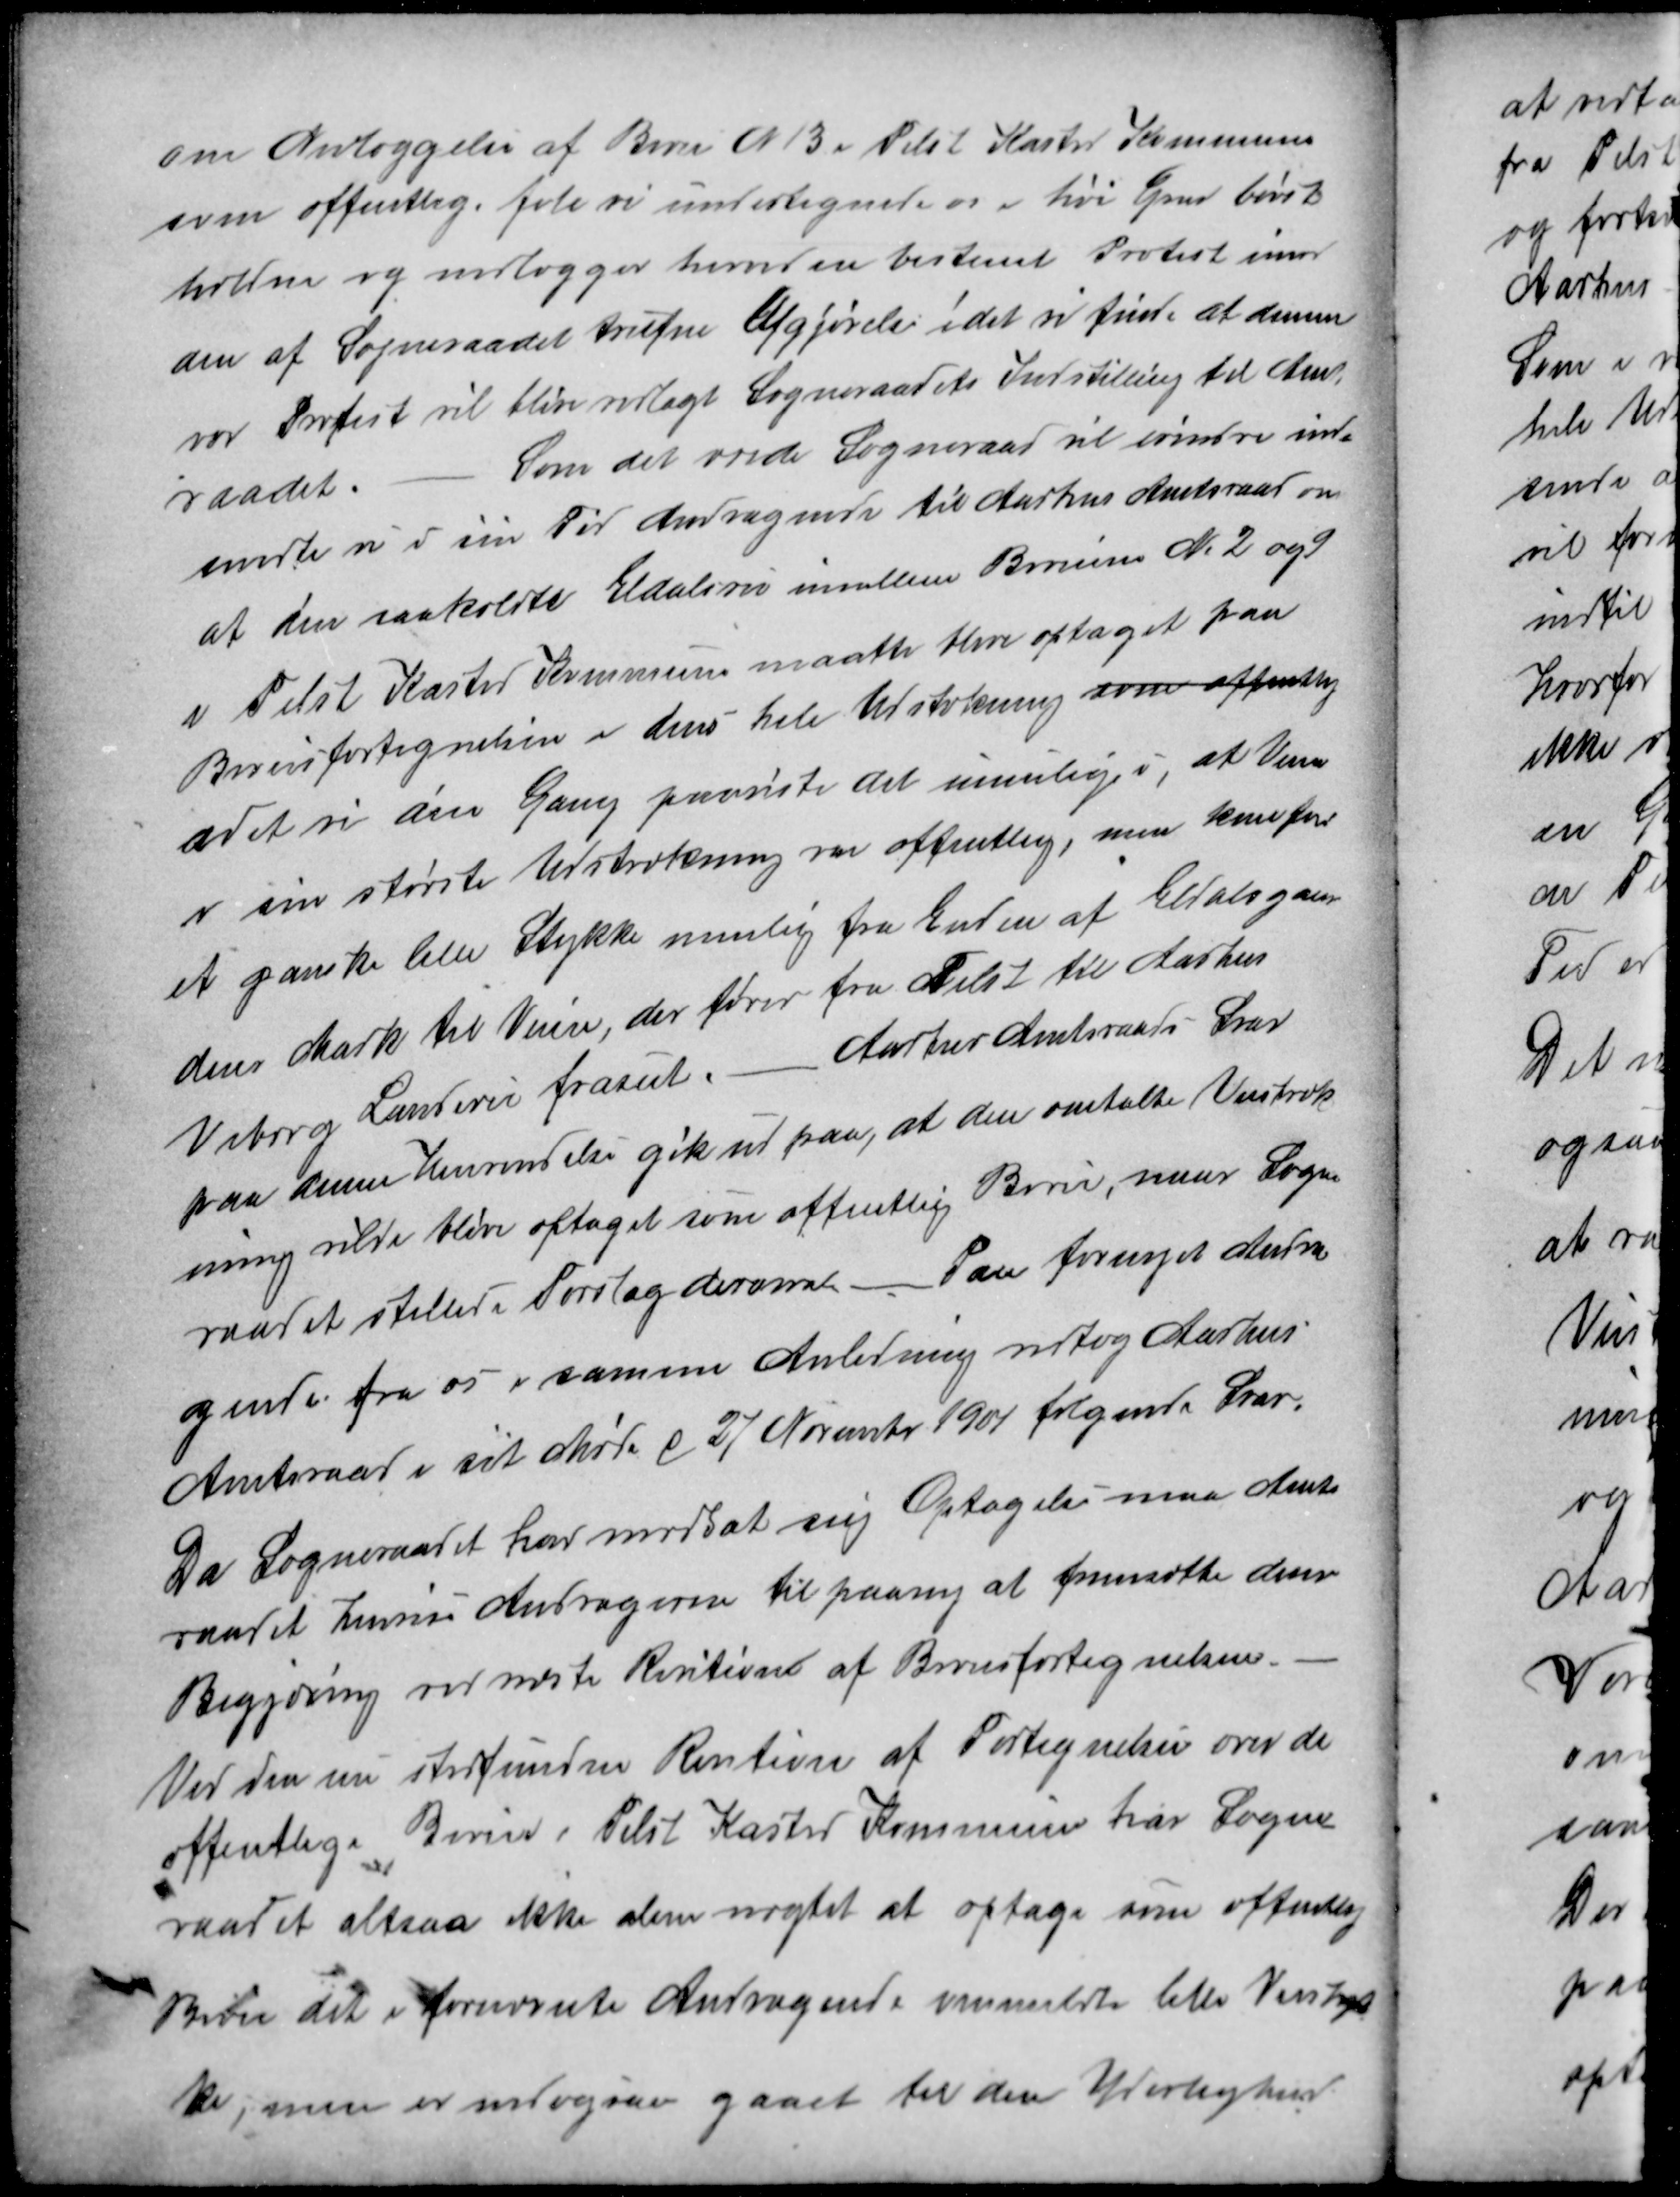
Transskription:
om Nedlæggelse af Bivei N 13 i Tilst Kasted Kommune
som offentlig, føle vi undertegnede os i høi Grad brøst-
holden og nedlægger herved en bestemt Protest imod
den af Sogneraadet trufne Afgjørelse idet vi finde at denne
vor Protest vil blive vedlagt Sogneraadets Indstilling til Amts
raadet.
Som det ærede Sogneraad vil erindre ind-
sendte vi i sin Tid Andragende til Aarhus Amtsraad om
at den saakaldte Eldalsvei imellem Biveien № 2 og 9
i Tilst Kasted Kommune maatte blive optaget paa
Biveisfortegnelsen i dens hele Udstrækning som offentlig
adet vi den Gang paaviste det urimelige i, at Veien
i sin største Udstrækning var offentlig, men kun for
et ganske lille Stykke nemlig fra Enden af Eldalsgaar-
dens Mark til Veien, der fører fra Tilst til Aarhus
Viborg Landevei fraseet. - Aarhus Amtsraads Svar
paa denne Henvendelse gik ud paa, at den omtalte Veistræk-
ning vilde blive optaget som offentlig Bivei, naar Sogne
raadet stiller i Forslag derom. - Paa fornyet Andra
gende fra os i samme Anledning antog Aarhus
Amtsraad i sit Møde d 27 November 1901 følgende Svar,
Da Sogneraadet har modsat sig Optagelse maa Amts
raadet henvise Andragerne til paany at fremsætte deres
Begjæring ved næste Revition af Biveisfortegnelsen.
Ved den nu stedfundne Revition af Fortegnelsen over de
offentlige Biveie i Tilst Kasted Kommune har Sogne
raadet altsaa ikke alene nægtet at optage som offentlig
Bivei det i fornævnte Andragende ommeldte lille Veistyk
ke, men er endogsaa gaaet til den Yderlighed